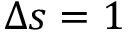
\Delta s = 1